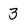
Character: 3